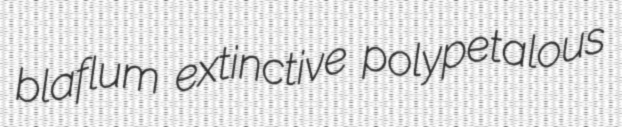
blaflum extinctive polypetalous